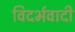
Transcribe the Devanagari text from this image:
विदर्भवादी